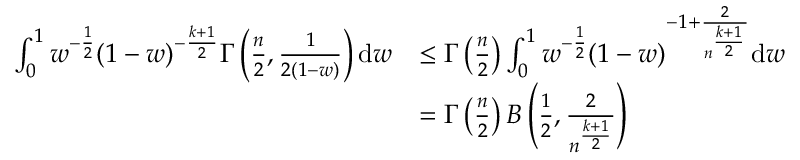
\begin{array} { r l } { \int _ { 0 } ^ { 1 } w ^ { - \frac { 1 } { 2 } } ( 1 - w ) ^ { - \frac { k + 1 } { 2 } } \Gamma \left( \frac { n } { 2 } , \frac { 1 } { 2 ( 1 - w ) } \right) \mathrm { d } w } & { \leq \Gamma \left( \frac { n } { 2 } \right) \int _ { 0 } ^ { 1 } w ^ { - \frac { 1 } { 2 } } ( 1 - w ) ^ { - 1 + \frac { 2 } { n ^ { \frac { k + 1 } { 2 } } } } \mathrm { d } w } \\ & { = \Gamma \left( \frac { n } { 2 } \right) B \left( \frac { 1 } { 2 } , \frac { 2 } { n ^ { \frac { k + 1 } { 2 } } } \right) } \end{array}